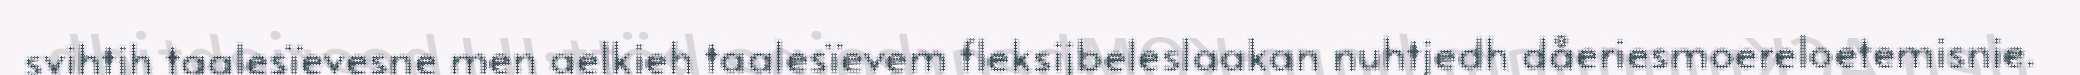
svihtjh taalesïevesne men aelkieh taalesïevem fleksijbeleslaakan nuhtjedh dåeriesmoereloetemisnie.